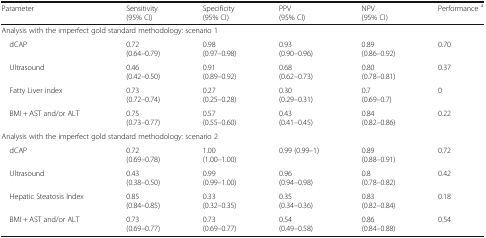
<table><thead><tr><td><b>Parameter</b></td><td><b>Sensitivity(95% CI)</b></td><td><b>Specificity(95% CI)</b></td><td><b>PPV(95% CI)</b></td><td><b>NPV(95% CI)</b></td><td><b>Performance <sup>a</sup></b></td></tr></thead><tbody><tr><td colspan="6">Analysis with the imperfect gold standard methodology: scenario 1</td></tr><tr><td> dCAP</td><td>0.72(0.64–0.79)</td><td>0.98(0.97–0.98)</td><td>0.93(0.90–0.96)</td><td>0.89(0.86–0.92)</td><td>0.70</td></tr><tr><td> Ultrasound</td><td>0.46(0.42–0.50)</td><td>0.91(0.89–0.92)</td><td>0.68(0.62–0.73)</td><td>0.80(0.78–0.81)</td><td>0.37</td></tr><tr><td> Fatty Liver index</td><td>0.73(0.72–0.74)</td><td>0.27(0.25–0.28)</td><td>0.30(0.29–0.31)</td><td>0.7(0.69–0.7)</td><td>0</td></tr><tr><td> BMI + AST and/or ALT</td><td>0.75(0.73–0.77)</td><td>0.57(0.55–0.60)</td><td>0.43(0.41–0.45)</td><td>0.84(0.82–0.86)</td><td>0.22</td></tr><tr><td colspan="6">Analysis with the imperfect gold standard methodology: scenario 2</td></tr><tr><td> dCAP</td><td>0.72(0.69–0.78)</td><td>1.00(1.00–1.00)</td><td>0.99 (0.99–1)</td><td>0.89(0.88–0.91)</td><td>0.72</td></tr><tr><td> Ultrasound</td><td>0.43(0.38–0.50)</td><td>0.99(0.99–1.00)</td><td>0.96(0.94–0.98)</td><td>0.8(0.78–0.82)</td><td>0.42</td></tr><tr><td> Hepatic Steatosis Index</td><td>0.85(0.84–0.85)</td><td>0.33(0.32–0.35)</td><td>0.35(0.34–0.36)</td><td>0.83(0.82–0.84)</td><td>0.18</td></tr><tr><td> BMI + AST and/or ALT</td><td>0.73(0.69–0.77)</td><td>0.73(0.69–0.77)</td><td>0.54(0.49–0.58)</td><td>0.86(0.84–0.88)</td><td>0.54</td></tr></tbody></table>